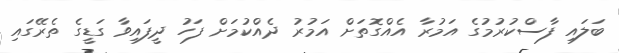
ބަލައި ފާސްކުރުމުގެ އަމުރާ އެއްގޮތަށް އަމުރު ދެއްކުމަށް ފަހު ދީފައިވާ ގަޑީގެ ތެރޭގައި